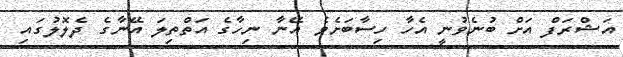
އަޝްރަފް އަށް ބުނެވުނީ އެހާ ހިސާބަށެވެ އޭނާ ނިހާގެ އަތްތިލަ އޭނާގެ ދެލޮލުގައި